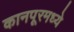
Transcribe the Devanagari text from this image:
कानपूरमध्ये